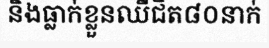
និងធ្លាក់ខ្លួនឈឺជិត៨០នាក់